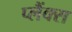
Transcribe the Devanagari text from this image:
प्लैंक्स